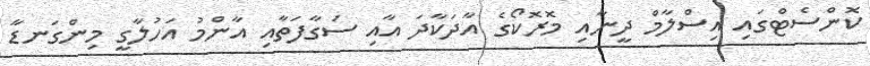
ކޮންސެޓްގައި އިސްލާމް ދީނާއި މޮރޮކޯގެ އާދަކާދަ އާއި ސަގާފަތާއި އާންމު އަހުލާގީ މިންގަނޑާ